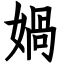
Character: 媧